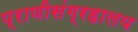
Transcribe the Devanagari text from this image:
प्राणीसंग्रहालय